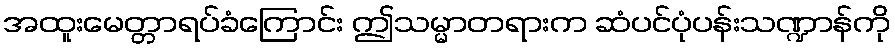
အထူးမေတ္တာရပ်ခံကြောင်း ဤသမ္မာတရားက ဆံပင်ပုံပန်းသဏ္ဍာန်ကို